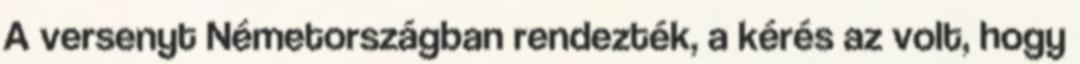
A versenyt Németországban rendezték, a kérés az volt, hogy